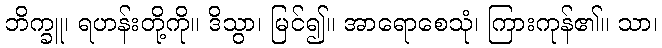
ဘိက္ခူ၊ ရဟန်းတို့ကို။ ဒိသွာ၊ မြင်၍။ အာရောစေသုံ၊ ကြားကုန်၏။ သာ၊